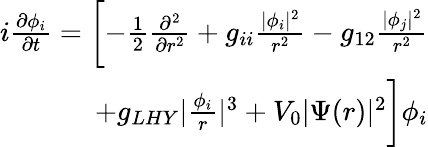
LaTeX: \begin{array}{r}{i\frac{\partial\phi_{i}}{\partial t}=\biggl[-\frac{1}{2}\frac{\partial^{2}}{\partial r^{2}}+g_{ii}\frac{|\phi_{i}|^{2}}{r^{2}}-g_{12}\frac{|\phi_{j}|^{2}}{r^{2}}}\\ {+g_{LHY}|\frac{\phi_{i}}{r}|^{3}+V_{0}|\Psi(r)|^{2}\biggr]\phi_{i}}\end{array}